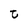
Character: t